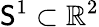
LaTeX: \mathsf{S}^{1}\subset\mathbb{{R}}^{2}